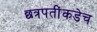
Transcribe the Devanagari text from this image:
छत्रपतींकडेच